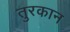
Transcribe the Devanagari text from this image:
तुरकान